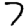
Digit: 7